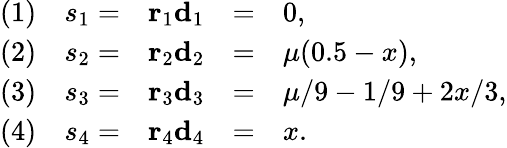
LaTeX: \begin{array}{rrrcl}{(1)}&{s_{1}=}&{\mathbf{r}_{1}\mathbf{d}_{1}}&{=}&{0,}\\ {(2)}&{s_{2}=}&{\mathbf{r}_{2}\mathbf{d}_{2}}&{=}&{\mu(0.5-x),}\\ {(3)}&{s_{3}=}&{\mathbf{r}_{3}\mathbf{d}_{3}}&{=}&{\mu/9-1/9+2x/3,}\\ {(4)}&{s_{4}=}&{\mathbf{r}_{4}\mathbf{d}_{4}}&{=}&{x.}\end{array}